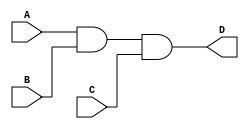
module MyAnd(A, B, C, D);

input A, B, C;
output D;
wire w1, w2, w3, w4;

and AND1(w1, A, B);
and AND1(w3, w2, w4);

assign w4 = C;
assign w2 = w1;
assign D = w3;

endmodule